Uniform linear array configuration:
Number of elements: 12
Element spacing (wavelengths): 0.25
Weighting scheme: uniform
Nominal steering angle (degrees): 30
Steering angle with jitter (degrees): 29.507
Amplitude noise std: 0.05
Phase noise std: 0.05

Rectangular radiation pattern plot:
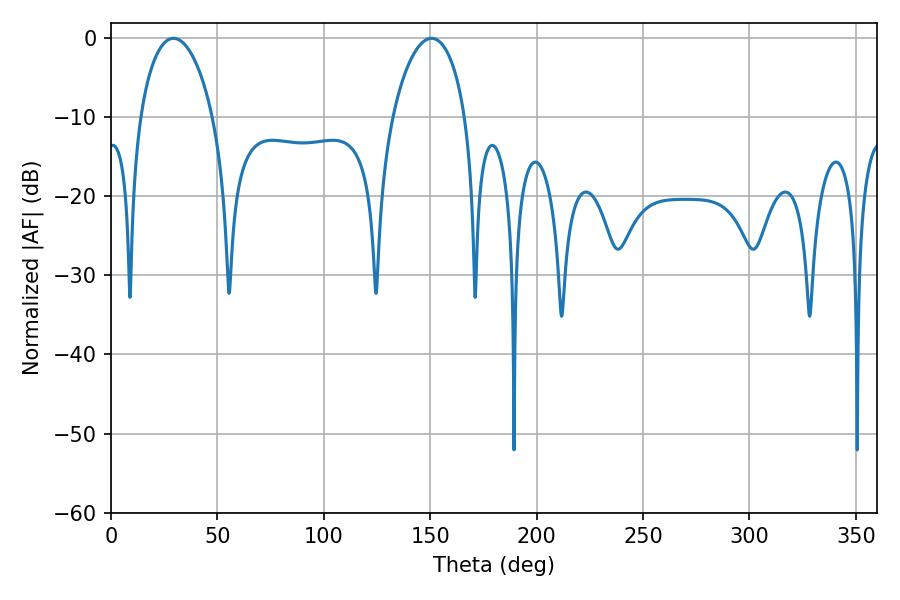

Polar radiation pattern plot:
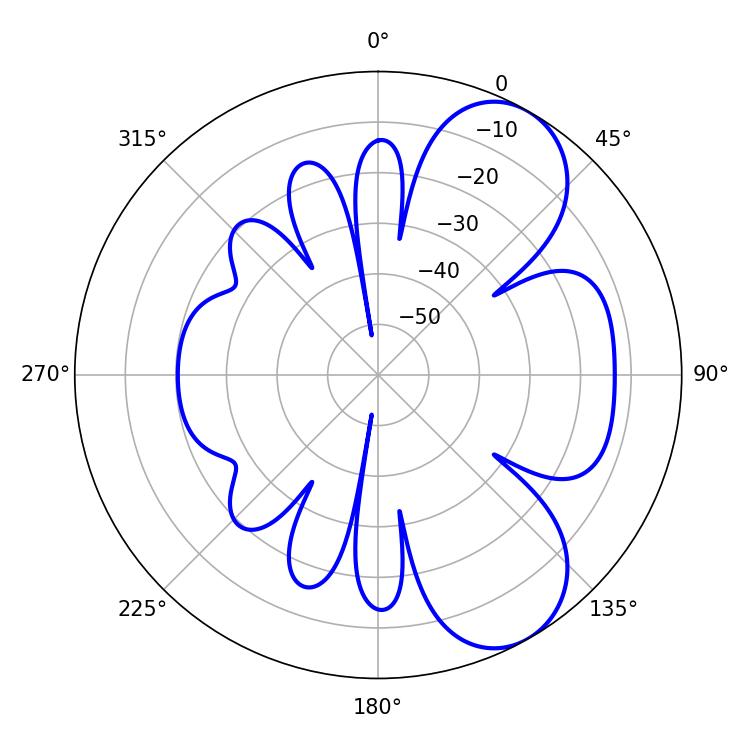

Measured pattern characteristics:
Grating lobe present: FALSE
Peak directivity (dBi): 7.179
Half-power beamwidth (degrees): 19.44
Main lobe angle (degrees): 29.34